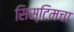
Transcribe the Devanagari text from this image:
सिस्टिमचा